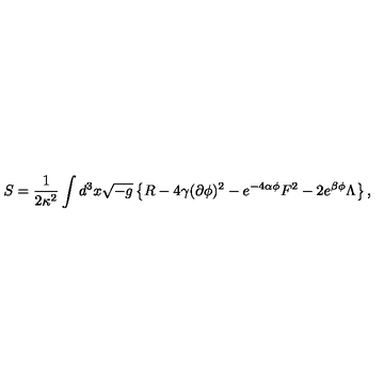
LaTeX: S = \frac 1 { 2 \kappa ^ { 2 } } \int d ^ { 3 } x \sqrt { - g } \left\{ R - 4 \gamma ( \partial \phi ) ^ { 2 } - e ^ { - 4 \alpha \phi } F ^ { 2 } - 2 e ^ { \beta \phi } \Lambda \right\} ,